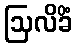
ဩလိခိံ